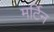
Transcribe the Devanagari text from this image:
मर्टिन